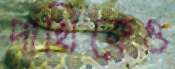
পাখিকেও